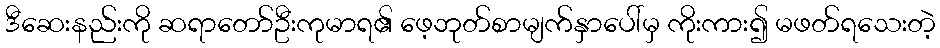
ဒီဆေးနည်းကို ဆရာတော်ဦးကုမာရ၏ ဖေ့ဘုတ်စာမျက်နှာပေါ်မှ ကိုးကား၍ မဖတ်ရသေးတဲ့